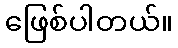
ဖြေစ်ပါတယ်။